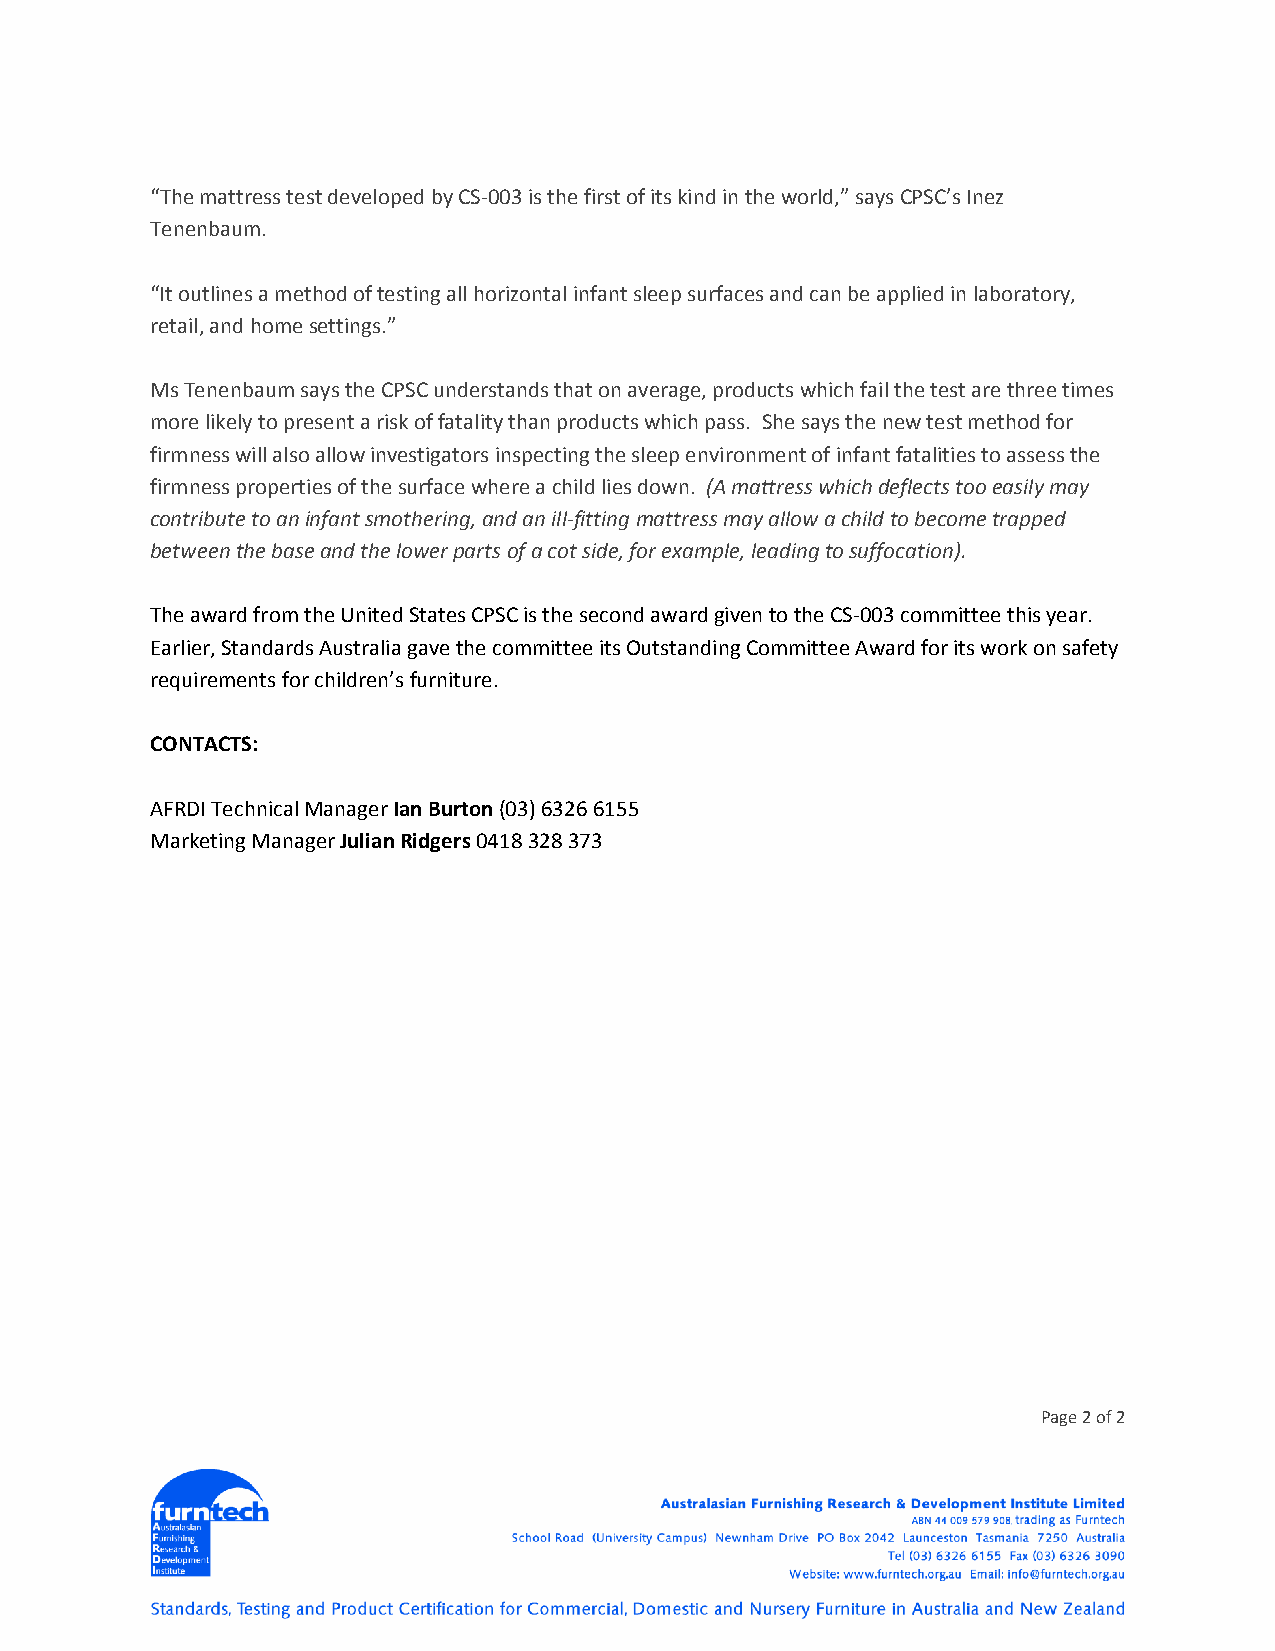
“The mattress test developed by CS‐003 is the first of its kind in the world,” says CPSC’s Inez
 Tenenbaum.
 “It outlines a method of testing all horizontal infant sleep surfaces and can be applied in laboratory,
 retail, and home settings.”
 Ms Tenenbaum says the CPSC understands that on average, products which fail the test are three times
 more likely to present a risk of fatality than products which pass. She says the new test method for
 firmness will also allow investigators inspecting the sleep environment of infant fatalities to assess the
 firmness properties of the surface where a child lies down. (A mattress which deflects too easily may
 contribute to an infant smothering, and an ill‐fitting mattress may allow a child to become trapped
 between the base and the lower parts of a cot side, for example, leading to suffocation).
 The award from the United States CPSC is the second award given to the CS‐003 committee this year.
 Earlier, Standards Australia gave the committee its Outstanding Committee Award for its work on safety
 requirements for children’s furniture.
 CONTACTS:
 AFRDI Technical Manager Ian Burton (03) 6326 6155
 Marketing Manager Julian Ridgers 0418 328 373
 Page 2 of 2